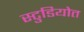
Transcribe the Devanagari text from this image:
स्टुडियोत